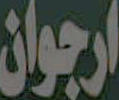
ارجوان